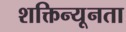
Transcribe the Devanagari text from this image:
शक्तिन्यूनता